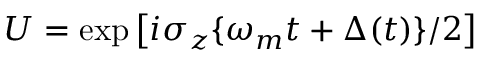
U = \exp \left[ i \sigma _ { z } \{ \omega _ { m } t + \Delta ( t ) \} / 2 \right]